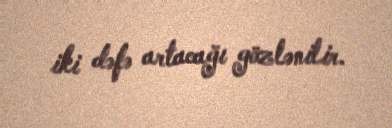
iki dəfə artacağı gözlənilir.